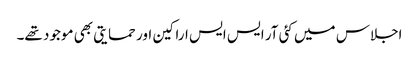
اجلاس میں کئی آر ایس ایس اراکین اور حمایتی بھی موجود تھے۔